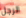
الرجل